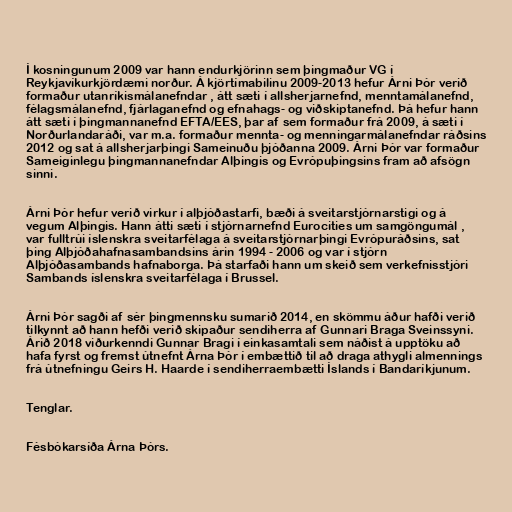
Í kosningunum 2009 var hann endurkjörinn sem þingmaður VG í
Reykjavíkurkjördæmi norður. Á kjörtímabilinu 2009-2013 hefur Árni Þór verið
formaður utanríkismálanefndar , átt sæti í allsherjarnefnd, menntamálanefnd,
félagsmálanefnd, fjárlaganefnd og efnahags- og viðskiptanefnd. Þá hefur hann
átt sæti í þingmannanefnd EFTA/EES, þar af sem formaður frá 2009, á sæti í
Norðurlandaráði, var m.a. formaður mennta- og menningarmálanefndar ráðsins
2012 og sat á allsherjarþingi Sameinuðu þjóðanna 2009. Árni Þór var formaður
Sameiginlegu þingmannanefndar Alþingis og Evrópuþingsins fram að afsögn
sinni.

Árni Þór hefur verið virkur í alþjóðastarfi, bæði á sveitarstjórnarstigi og á
vegum Alþingis. Hann átti sæti í stjórnarnefnd Eurocities um samgöngumál ,
var fulltrúi íslenskra sveitarfélaga á sveitarstjórnarþingi Evrópuráðsins, sat
þing Alþjóðahafnasambandsins árin 1994 - 2006 og var í stjórn
Alþjóðasambands hafnaborga. Þá starfaði hann um skeið sem verkefnisstjóri
Sambands íslenskra sveitarfélaga í Brussel.

Árni Þór sagði af sér þingmennsku sumarið 2014, en skömmu áður hafði verið
tilkynnt að hann hefði verið skipaður sendiherra af Gunnari Braga Sveinssyni.
Árið 2018 viðurkenndi Gunnar Bragi í einkasamtali sem náðist á upptöku að
hafa fyrst og fremst útnefnt Árna Þór í embættið til að draga athygli almennings
frá útnefningu Geirs H. Haarde í sendiherraembætti Íslands í Bandaríkjunum.

Tenglar.

Fésbókarsíða Árna Þórs.